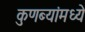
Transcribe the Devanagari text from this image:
कुणब्यांमध्ये